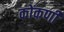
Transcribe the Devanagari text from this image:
कोंकणीं